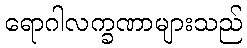
ရောဂါလက္ခဏာများသည်